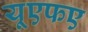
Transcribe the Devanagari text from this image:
यूएफए